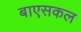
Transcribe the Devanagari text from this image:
बाएसकल